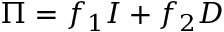
\Pi = f _ { 1 } I + f _ { 2 } D